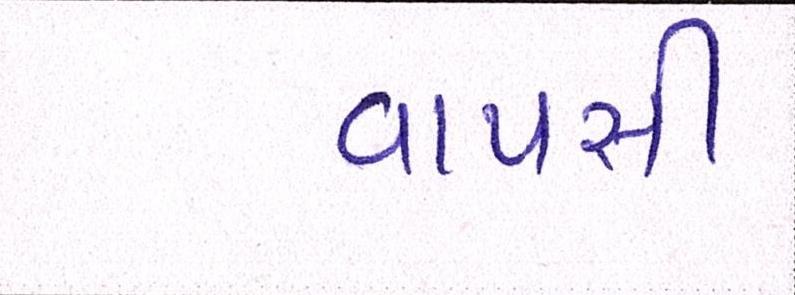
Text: વાપસી